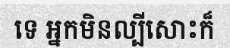
ទេ អ្នកមិនល្បីសោះក៏